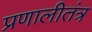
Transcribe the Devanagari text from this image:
प्रणालीतंत्र